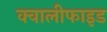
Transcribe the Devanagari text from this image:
क्वालीफाइड